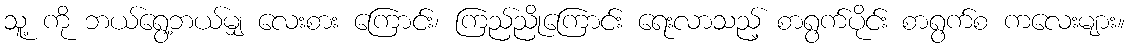
သူ့ ကို ဘယ်ရွေ့ဘယ်မျှ လေးစား ကြောင်း၊ ကြည်ညိုကြောင်း ရေးလာသည့် စာရွက်ပိုင်း စာရွက်စ ကလေးများ။